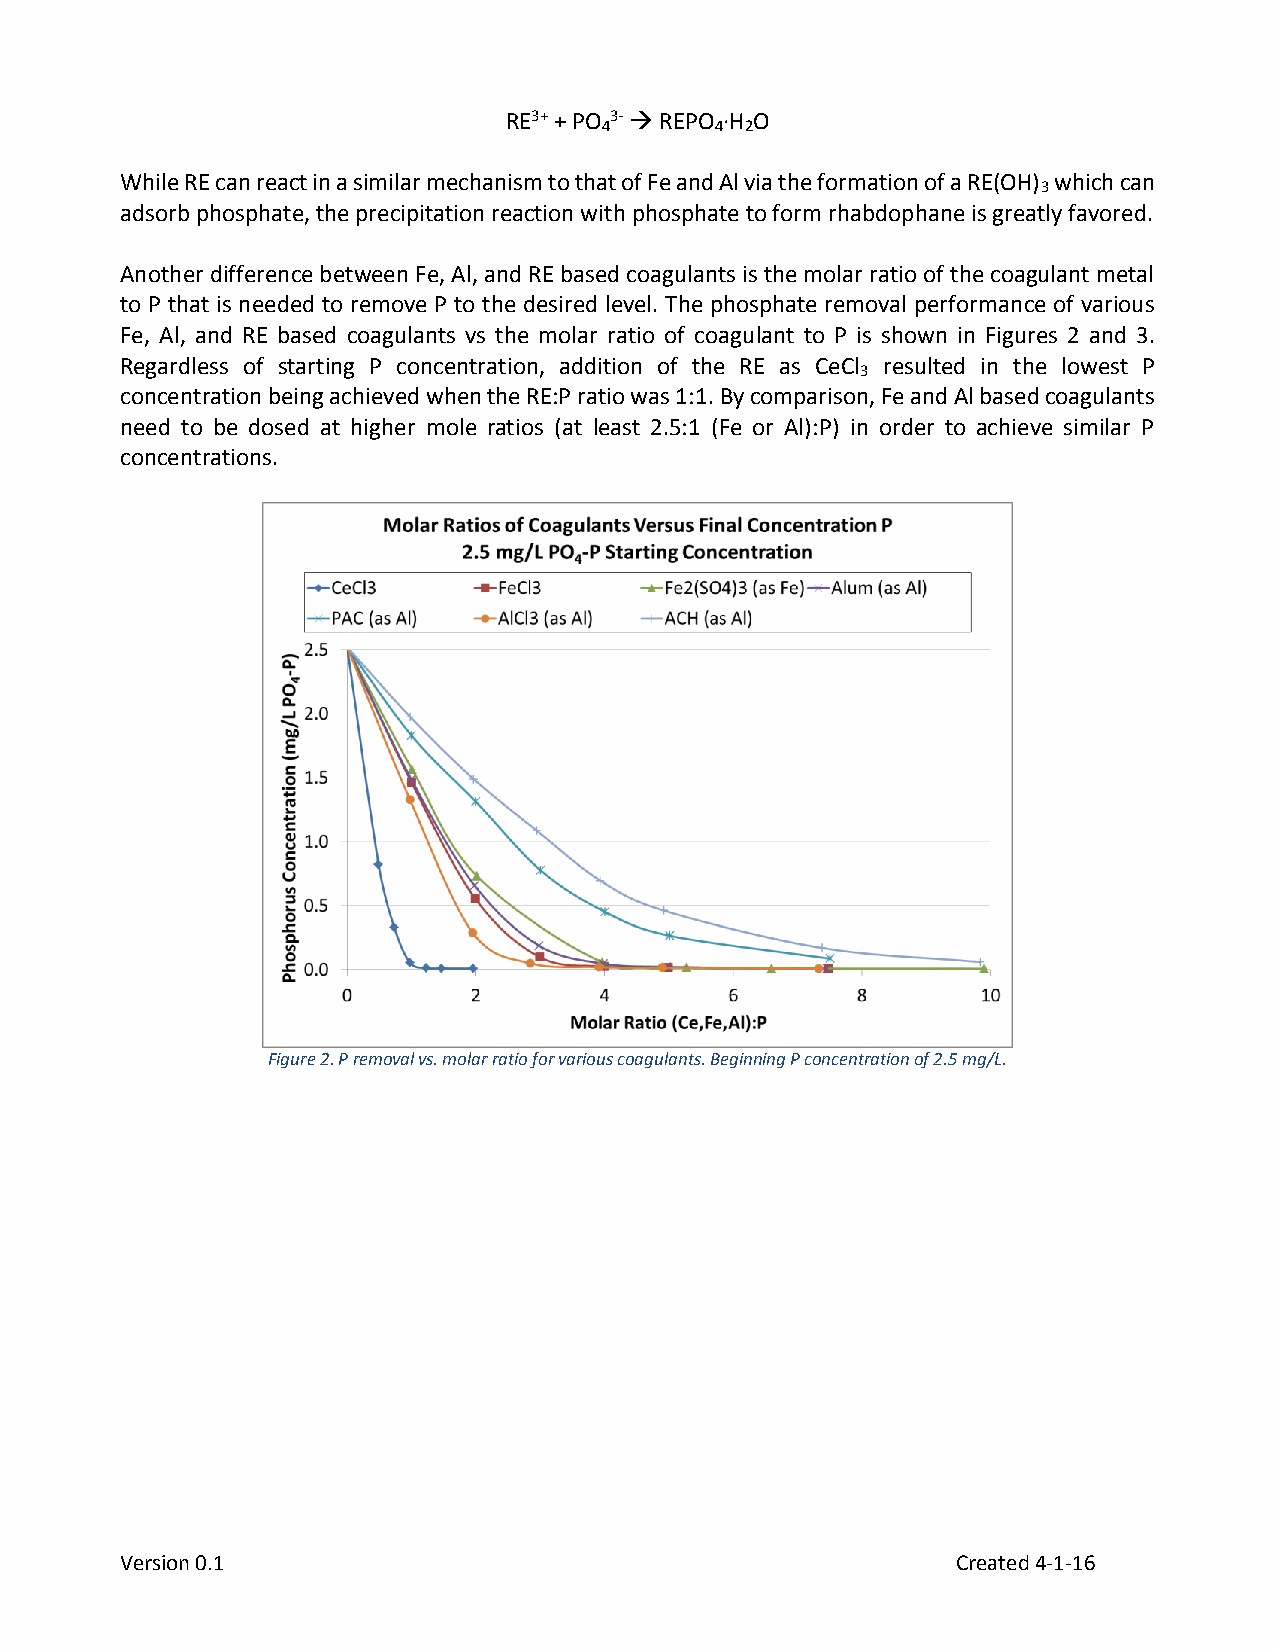
RE3+ + PO 3-  REPO ·H O
 4      4 2
 While RE can react in a similar mechanism to that of Fe and Al via the formation of a RE(OH) which can
 3
 adsorb phosphate, the precipitation reaction with phosphate to form rhabdophane is greatly favored.
 Another difference between Fe, Al, and RE based coagulants is the molar ratio of the coagulant metal
 to P that is needed to remove P to the desired level. The phosphate removal performance of various
 Fe, Al, and RE based coagulants vs the molar ratio of coagulant to P is shown in Figures 2 and 3.
 Regardless of starting P concentration, addition of the RE as CeCl resulted in the lowest P
 3
 concentration being achieved when the RE:P ratio was 1:1. By comparison, Fe and Al based coagulants
 need to be dosed at higher mole ratios (at least 2.5:1 (Fe or Al):P) in order to achieve similar P
 concentrations.
 Figure 2. P removal vs. molar ratio for various coagulants. Beginning P concentration of 2.5 mg/L.
 Version 0.1                                            Created 4-1-16